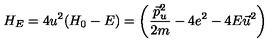
H _ { E } = 4 u ^ { 2 } ( H _ { 0 } - E ) = \left( \frac { \vec { p } _ { u } ^ { 2 } } { 2 m } - 4 e ^ { 2 } - 4 E \vec { u } ^ { 2 } \right)